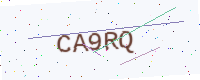
Text: CA9RQ